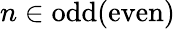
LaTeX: n\in\mathrm{odd}(\mathrm{even})